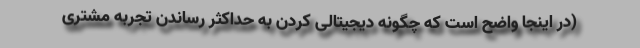
(در اینجا واضح است که چگونه دیجیتالی کردن به حداکثر رساندن تجربه مشتری